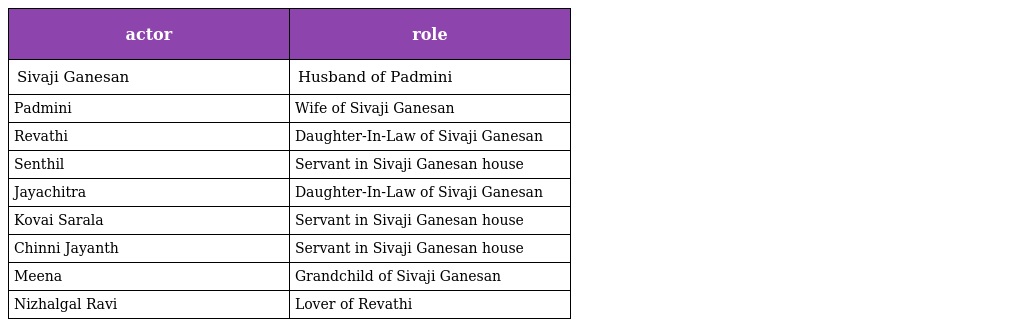
| actor | role |
 | --- | --- |
 | Sivaji Ganesan | Husband of Padmini |
 | Padmini | Wife of Sivaji Ganesan |
 | Revathi | Daughter-In-Law of Sivaji Ganesan |
 | Senthil | Servant in Sivaji Ganesan house |
 | Jayachitra | Daughter-In-Law of Sivaji Ganesan |
 | Kovai Sarala | Servant in Sivaji Ganesan house |
 | Chinni Jayanth | Servant in Sivaji Ganesan house |
 | Meena | Grandchild of Sivaji Ganesan |
 | Nizhalgal Ravi | Lover of Revathi |